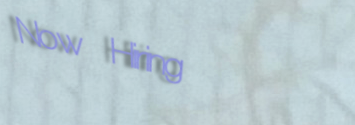
Now Hiring